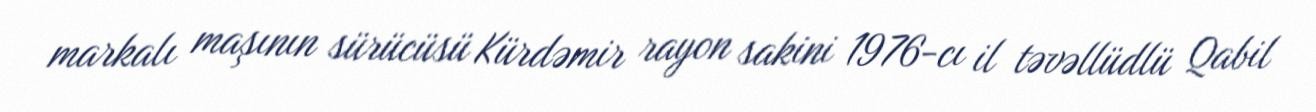
markalı maşının sürücüsü Kürdəmir rayon sakini 1976-cı il təvəllüdlü Qabil